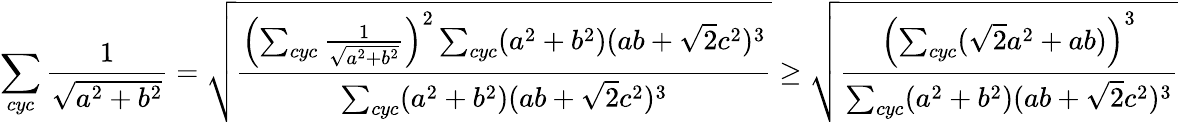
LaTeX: \sum_{cyc}\frac{1}{\sqrt{a^{2}+b^{2}}}=\sqrt{\frac{\left(\sum_{cyc}\frac{1}{\sqrt{a^{2}+b^{2}}}\right)^{2}\sum_{cyc}(a^{2}+b^{2})(ab+\sqrt 2c^{2})^{3}}{\sum_{cyc}(a^{2}+b^{2})(ab+\sqrt 2c^{2})^{3}}}\geq\sqrt{\frac{\left(\sum_{cyc}(\sqrt 2a^{2}+ab)\right)^{3}}{\sum_{cyc}(a^{2}+b^{2})(ab+\sqrt 2c^{2})^{3}}}